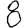
Digit: 8